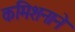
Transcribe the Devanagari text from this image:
कमिशनाने